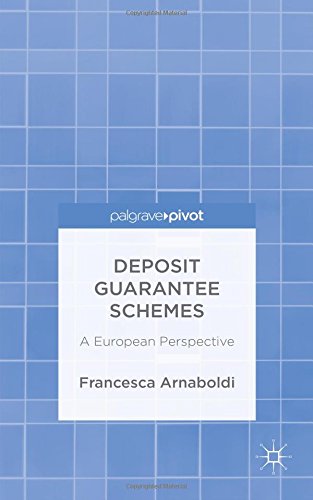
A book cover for Deposit Guarantee Schemes: A European Perspective; Francesca Arnaboldi; Business & Money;